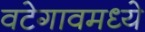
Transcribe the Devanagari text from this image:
वटेगावमध्ये